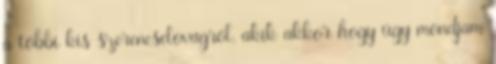
a többi kis szerencselovagról, akik akkor hogy úgy mondjam